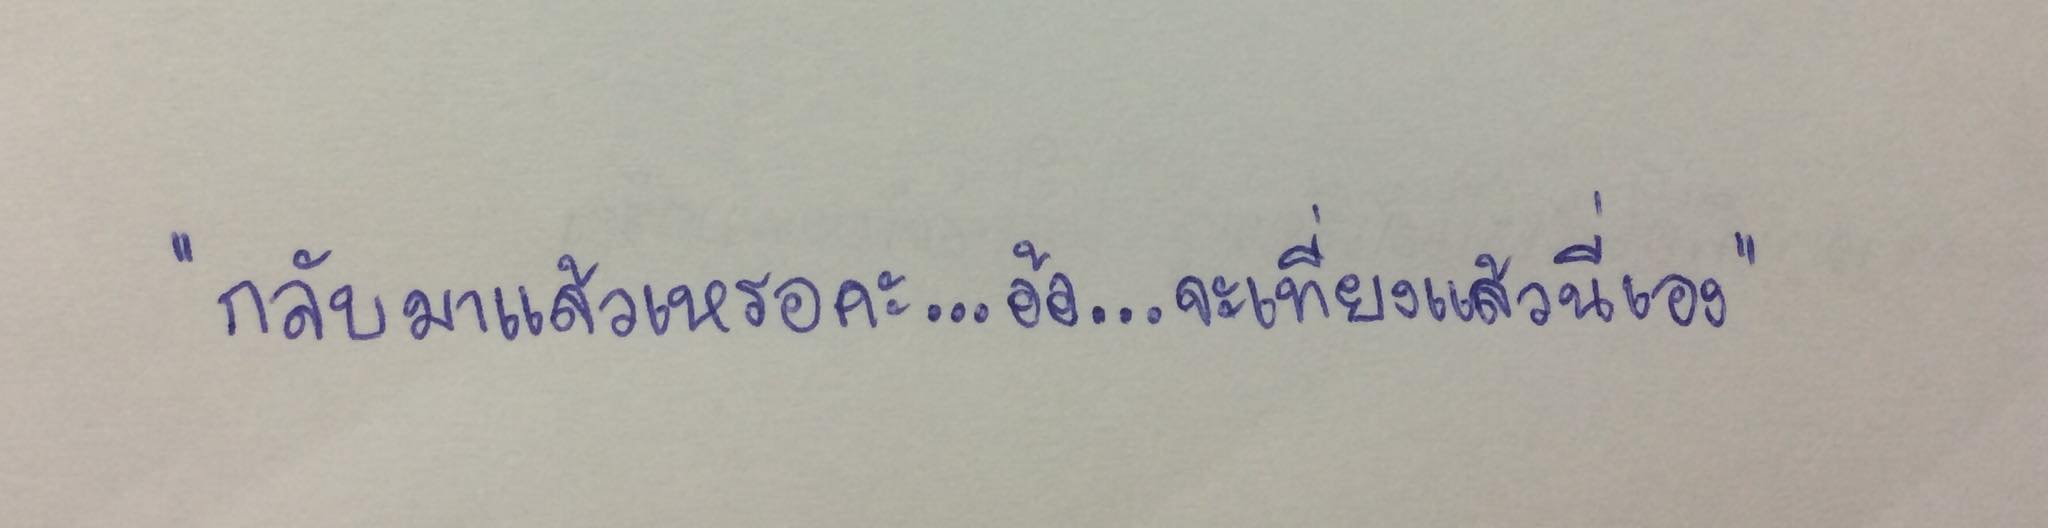
"กลับมาแล้วเหรอคะ...อ้อ...จะเที่ยงแล้วนี่เอง"